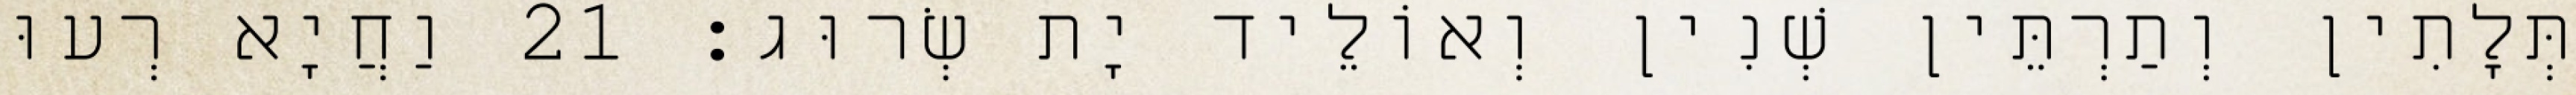
תְּלָתִין וְתַרְתֵּין שְׁנִין וְאוֹלֵיד יָת שְׂרוּג׃ 21 וַחֲיָא רְעוּ